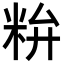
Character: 𥹇